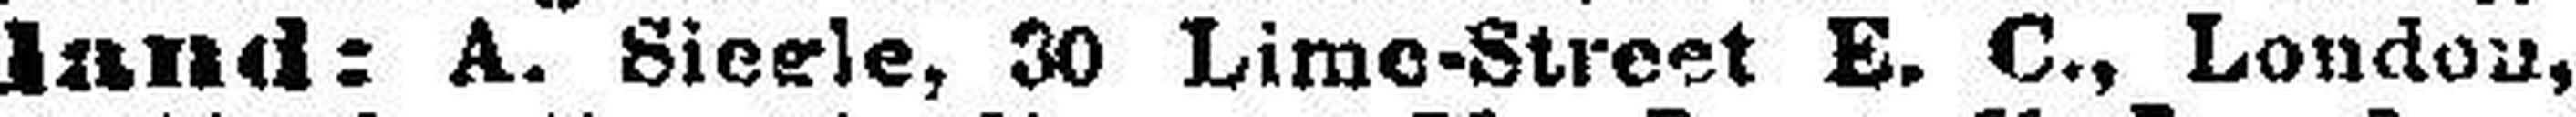
land: A. Sierle, 30 Lime-Street E. C., London,